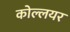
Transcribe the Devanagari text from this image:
कोल्लयर